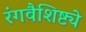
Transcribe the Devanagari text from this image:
रंगवैशिष्ट्ये